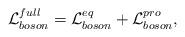
LaTeX: \begin{align*}{\cal L}^{full}_{boson}={\cal L}^{eq}_{boson}+{\cal L}^{pro}_{boson},\end{align*}